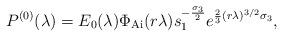
LaTeX: \begin{align*}P^{(0)}(\lambda) = E_{0}(\lambda)\Phi_{\mathrm{Ai}}(r\lambda)s_{1}^{-\frac{\sigma_{3}}{2}}e^{\frac{2}{3} (r\lambda)^{3/2}\sigma_{3}},\end{align*}